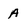
Character: a